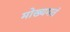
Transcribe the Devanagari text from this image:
मोख्यमतं